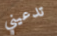
تدعيني